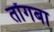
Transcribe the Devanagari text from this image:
तोंगबा